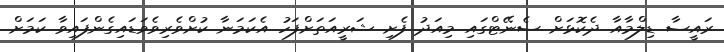
ރައީސާ ޑިލްމާއާ ދެކޮޅަށް ސެނޭޓްގައި މިއަދު ފެށި ޝަރީއަތަށްފަހު އެކަމަނާ ކުށްވެރިވެވަޑައިގެންފައިވާ ކަމަށް